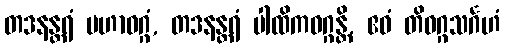
တဒနန္တရံ မဟာဝဂ္ဂံ, တဒနန္တရံ ပါထိကဝဂ္ဂန္တိ, ဧဝံ တိဝဂ္ဂသင်္ဂဟံ